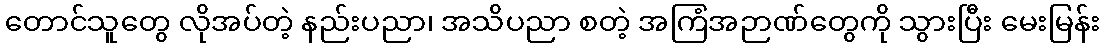
တောင်သူတွေ လိုအပ်တဲ့ နည်းပညာ၊ အသိပညာ စတဲ့ အကြံအဉာဏ်တွေကို သွားပြီး မေးမြန်း